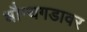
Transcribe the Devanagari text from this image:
धौम्यगडावर